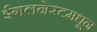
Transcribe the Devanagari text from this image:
ईगलनेस्टमधून